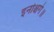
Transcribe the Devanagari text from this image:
इनोश्चगे॥